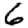
Digit: 6